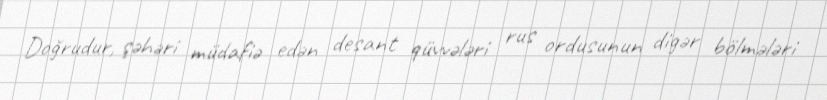
Doğrudur, şəhəri müdafiə edən desant qüvvələri rus ordusunun digər bölmələri